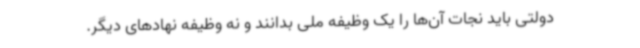
دولتی باید نجات آن‌ها را یک وظیفه ملی بدانند و نه وظیفه نهادهای دیگر.